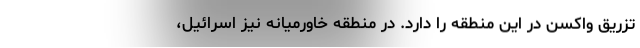
تزریق واکسن در این منطقه را دارد. در منطقه خاورمیانه نیز اسرائیل،